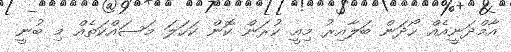
އާމްދަނީއެއް ހޯދަން ބަލާއިރު މިއީ ކުރަން ކޮން ކަހަލަ މަސައްކަތެއް މި ބުނީ